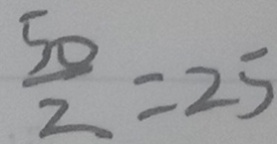
\frac { 5 0 } { 2 } = 2 5